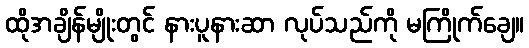
ထိုအချိန်မျိုးတွင် နားပူနားဆာ လုပ်သည်ကို မကြိုက်ချေ။